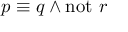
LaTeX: p \equiv q \land \mathrm { n o t } ~ r